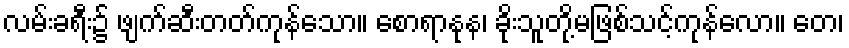
လမ်းခရီး၌ ဖျက်ဆီးတတ်ကုန်သော။ စောရာနုန၊ ခိုးသူတို့မဖြစ်သင့်ကုန်လော။ တေ၊